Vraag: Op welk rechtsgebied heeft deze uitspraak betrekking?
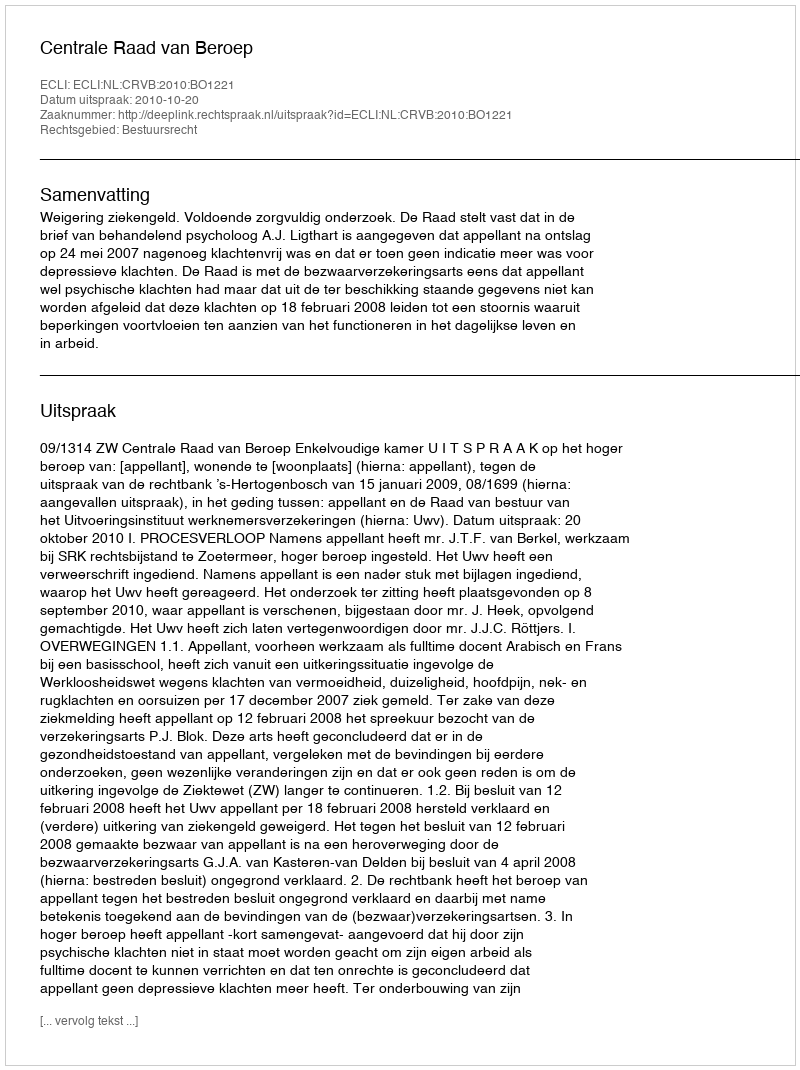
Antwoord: Bestuursrecht